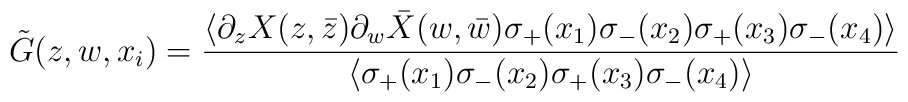
\tilde{G}(z,w,x_i) = \frac{\langle \partial_z X(z,\bar{z}) \partial_w\bar{X}(w,\bar{w})\sigma_+(x_1) \sigma_-(x_2) \sigma_+(x_3) \sigma_-(x_4)\rangle}{\langle \sigma_+(x_1) \sigma_-(x_2) \sigma_+(x_3) \sigma_-(x_4)\rangle}